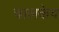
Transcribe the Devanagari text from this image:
चालकेव